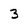
Character: 3